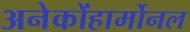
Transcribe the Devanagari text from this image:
अनेकोंहार्मोनल